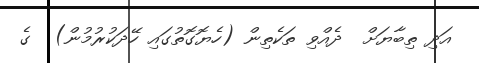
އަދި ތިބާޔަށް  ދެއްވި ތަކެތިން (ހެޔޮގޮތުގައި ހޭދަކުރުމުން)  ގެ